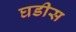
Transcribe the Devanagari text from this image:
घडीस